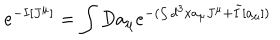
e ^ { - I [ J ^ { \mu } ] } = \int D a _ { \mu } e ^ { - ( \int d ^ { 3 } x a _ { \mu } J ^ { \mu } + \tilde { I } [ a _ { \mu } ] ) }